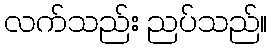
လက်သည်း ညပ်သည်။